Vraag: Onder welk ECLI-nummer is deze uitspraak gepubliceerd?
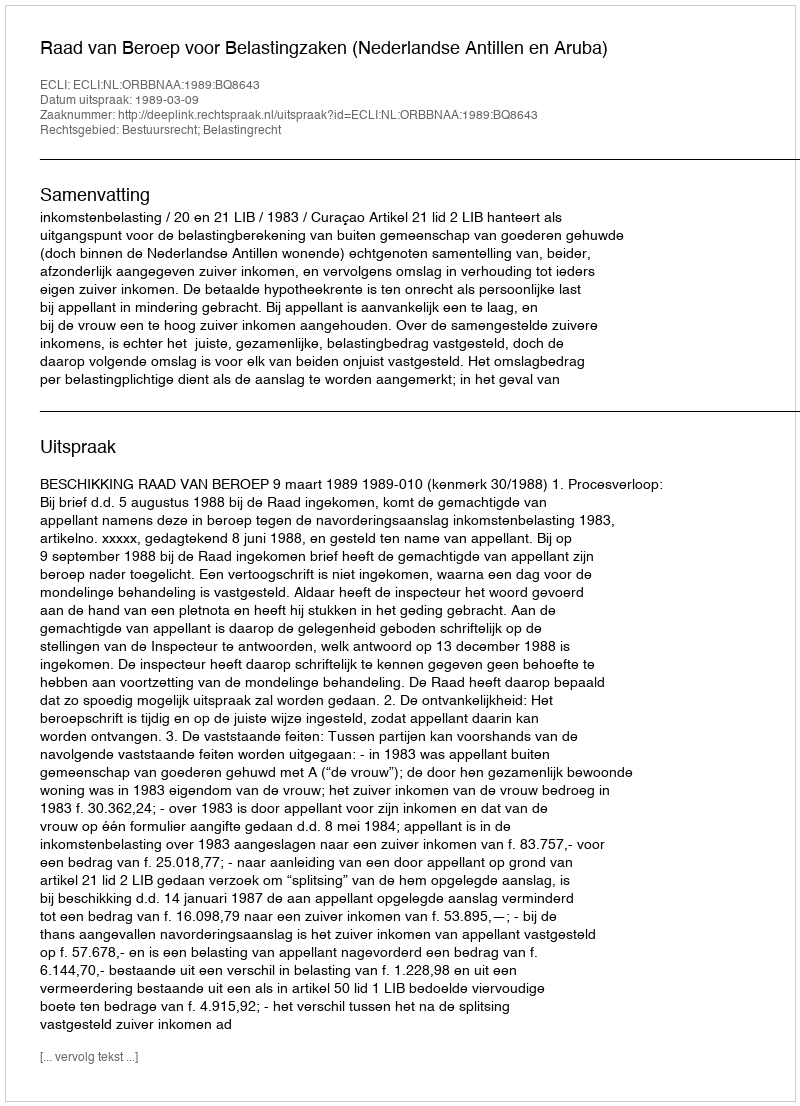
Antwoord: ECLI:NL:ORBBNAA:1989:BQ8643